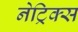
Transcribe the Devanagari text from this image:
नेट्रिक्स